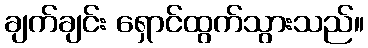
ချက်ချင်း ရှောင်ထွက်သွားသည်။